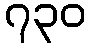
၇၃၀